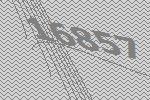
16857